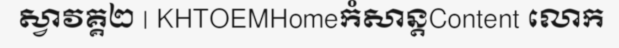
ស្វាវគ្គ២ | KHTOEMHomeកំសាន្តContent លោក